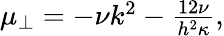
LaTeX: \begin{array}{r}{\mu_{\perp}=-\nu k^{2}-\frac{12\nu}{h^{2}\kappa},}\end{array}